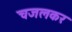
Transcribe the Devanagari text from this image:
चजलकर